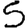
Digit: 5